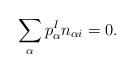
LaTeX: \begin{align*}\sum_{\alpha }p_{\alpha }^{I}n_{\alpha i}=0. \end{align*}